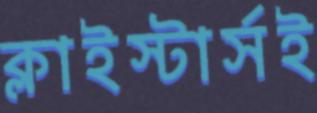
ক্লাইস্টার্সই